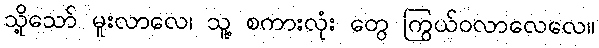
သို့သော် မူးလာလေ၊ သူ့ စကားလုံး တွေ ကြွယ်ဝလာလေလေ။